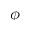
\phi